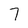
Character: 7